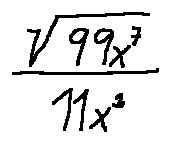
\frac { \sqrt { 9 9 x ^ { 7 } } } { 1 1 x ^ { 3 } }